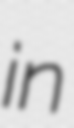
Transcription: in